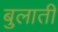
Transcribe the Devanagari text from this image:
बुलातीं